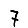
Digit: 7